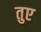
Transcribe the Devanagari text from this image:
तुए